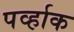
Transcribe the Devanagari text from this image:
पर्व्हाक